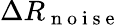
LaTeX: \Delta R_{\mathrm{~n~o~i~s~e~}}